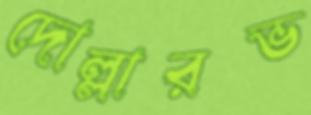
দোল্লারভ